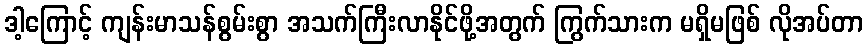
ဒါ့ကြောင့် ကျန်းမာသန်စွမ်းစွာ အသက်ကြီးလာနိုင်ဖို့အတွက် ကြွက်သားက မရှိမဖြစ် လိုအပ်တာ